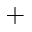
+